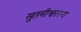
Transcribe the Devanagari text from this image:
सुतमीश्वरस्य